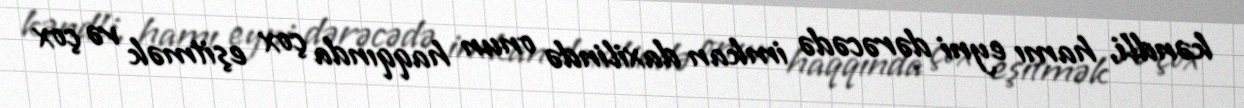
kəndli, hamı eyni dərəcədə imkan daxilində onun haqqında çox eşitmək və çox